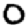
Digit: 0